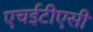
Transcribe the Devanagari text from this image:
एचईटीएसी